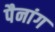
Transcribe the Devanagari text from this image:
पैनांग